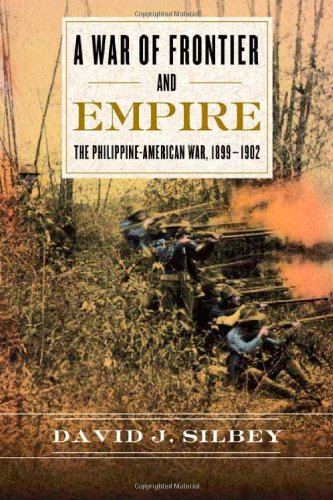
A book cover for A War of Frontier and Empire: The Philippine-American War, 1899-1902; David J. Silbey; History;